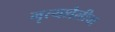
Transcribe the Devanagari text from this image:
नृत्यशैलीचा